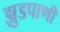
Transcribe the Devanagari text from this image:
झुडपाणी